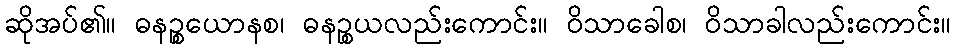
ဆိုအပ်၏။ ဓနဉ္စယောနစ၊ ဓနဉ္စယလည်းကောင်း။ ဝိသာခေါစ၊ ဝိသာခါလည်းကောင်း။